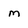
Character: m